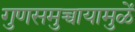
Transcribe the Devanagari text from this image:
गुणसमुच्चायामुळें